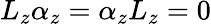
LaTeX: L_{z}\alpha_{z}=\alpha_{z}L_{z}=0